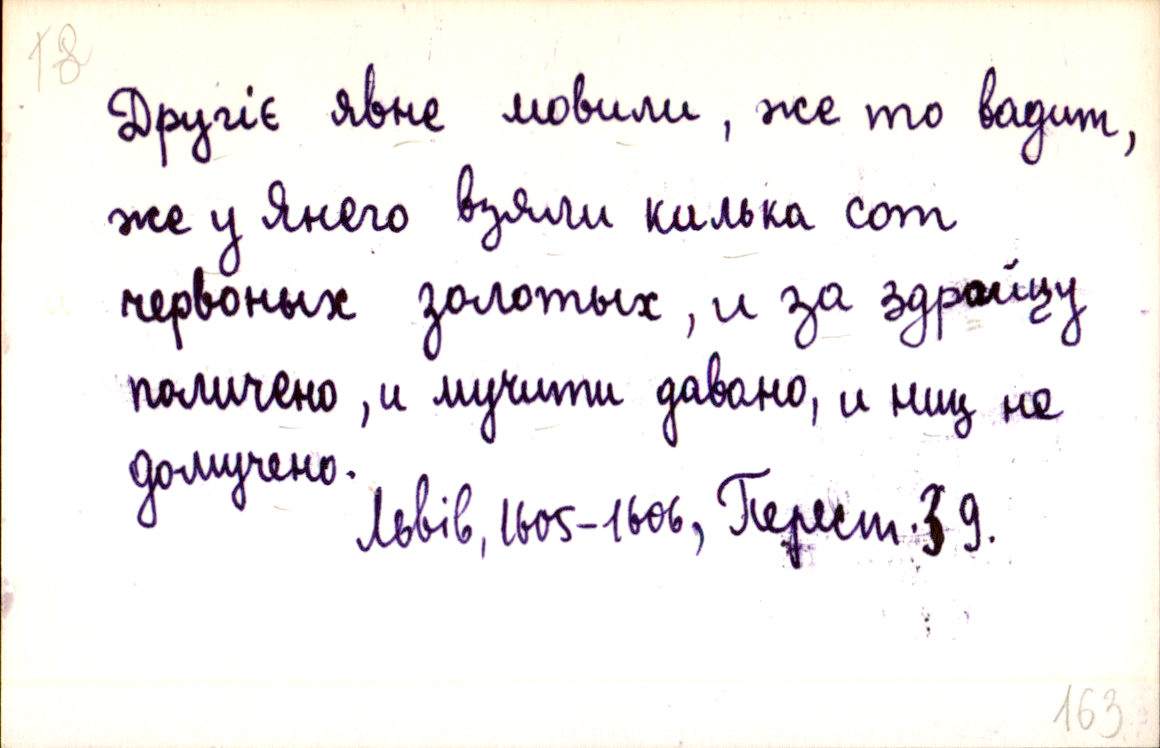
Другіє явне мовили, же то вадит,
же у Янего взяли килька сот
червоных золотых, и за здрайцу
поличено, и мучити давано, и ниц не
домучено.
Львів, 1605-1606, Перест. 39.